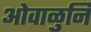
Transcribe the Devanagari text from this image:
ओवाळुनि